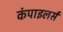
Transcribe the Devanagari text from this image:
कंपाइलर्स